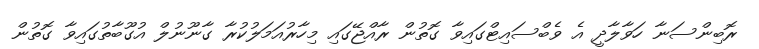
ރޮބިންސަނާ ހަވާލާދީ އެ ވެބްސައިޓްގައިވާ ގޮތުން ރާއްޖޭގައި މިހާރުއަމަލުކުރާ ގާނޫނުލް އުގޫބާތުގައިވާ ގޮތުން